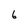
Character: 6